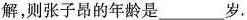
解，则张子昂的年龄是___岁.